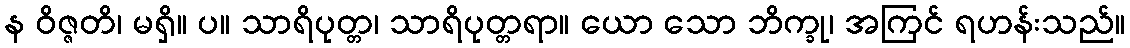
န ဝိဇ္ဇတိ၊ မရှိ။ ပ။ သာရိပုတ္တ၊ သာရိပုတ္တရာ။ ယော သော ဘိက္ခု၊ အကြင် ရဟန်းသည်။